Report on vaccination in the Province of Bengal - 1874-1889
Year: 1874
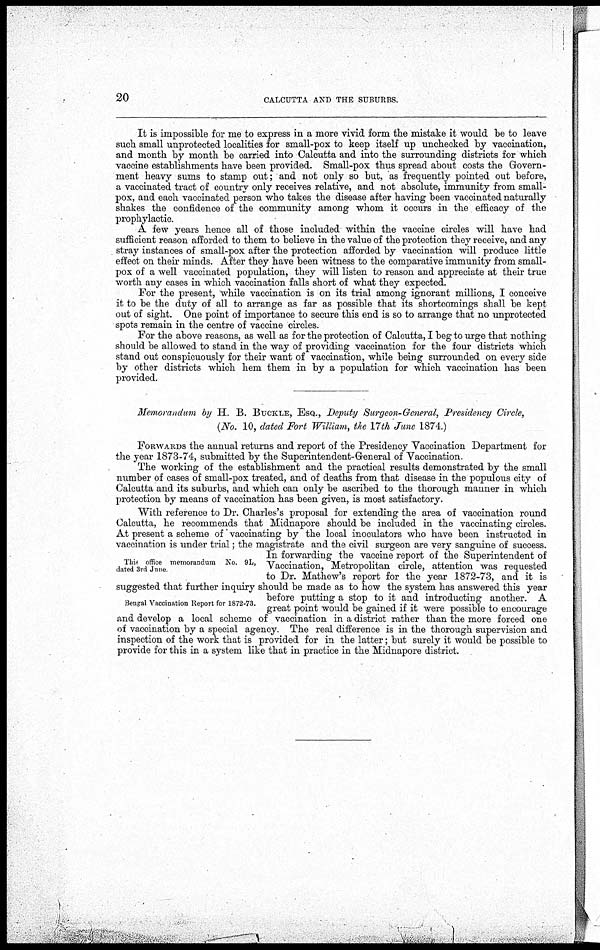
20
CALCUTTA AND THE SUBURBS.
It is impossible for me to express in a more vivid form the mistake it would be to leave
such small unprotected localities for small-pox to keep itself up unchecked by vaccination,
and month by month be carried into Calcutta and into the surrounding districts for which
vaccine establishments have been provided. Small-pox thus spread about costs the Govern-
ment heavy sums to stamp out; and not only so but, as frequently pointed out before,
a vaccinated tract of country only receives relative, and not absolute, immunity from small-
pox, and each vaccinated person who takes the disease after having been vaccinated naturally
shakes the confidence of the community among whom it occurs in the efficacy of the
prophylactic.
A few years hence all of those included within the vaccine circles will have had
sufficient reason afforded to them to believe in the value of the protection they receive, and any
stray instances of small-pox after the protection afforded by vaccination will produce little
effect on their minds. After they have been witness to the comparative immunity from small-
pox of a well vaccinated population, they will listen to reason and appreciate at their true
worth any cases in which vaccination falls short of what they expected.
For the present, while vaccination is on its trial among ignorant millions, I conceive
it to be the duty of all to arrange as far as possible that its shortcomings shall be kept
out of sight. One point of importance to secure this end is so to arrange that no unprotected
spots remain in the centre of vaccine circles.
For the above reasons, as well as for the protection of Calcutta, I beg to urge that nothing
should be allowed to stand in the way of providing vaccination for the four districts which
stand out conspicuously for their want of vaccination, while being surrounded on every side
by other districts which hem them in by a population for which vaccination has been
provided.
Memorandum by H. B. BUCKLE, ESQ., Deputy Surgeon-General, Presidency Circle,
(No. 10, dated Fort William, the 17th June 1874.)
FORWARDS the annual returns and report of the Presidency Vaccination Department for
the year 1873-74, submitted by the Superintendent-General of Vaccination.
The working of the establishment and the practical results demonstrated by the small
number of cases of small-pox treated, and of deaths from that disease in the populous city of
Calcutta and its suburbs, and which can only be ascribed to the thorough manner in which
protection by means of vaccination has been given, is most satisfactory.
This office memorandum No. 9L,
dated 3rd June
Bengal Vaccination Report for 1872-73.
With reference to Dr. Charles's proposal for extending the area of vaccination round
Calcutta, he recommends that Midnapore should be included in the vaccinating circles.
At present a scheme of vaccinating by the local inoculators who have been instructed in
vaccination is under trial; the magistrate and the civil surgeon are very sanguine of success.
In forwarding the vaccine report of the Superintendent of
Vaccination, Metropolitan circle, attention was requested
to Dr. Mathew's report for the year 1872-73, and it is
suggested that further inquiry should be made as to how the system has answered this year
before putting a stop to it and introducting another. A
great point would be gained if it were possible to encourage
and develop a local scheme of vaccination in a district rather than the more forced one
of vaccination by a special agency. The real difference is in the thorough supervision and
inspection of the work that is provided for in the latter; but surely it would be possible to
provide for this in a system like that in practice in the Midnapore district.